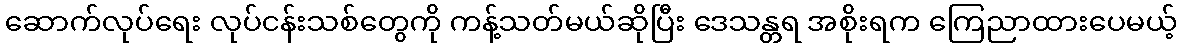
ဆောက်လုပ်ရေး လုပ်ငန်းသစ်တွေကို ကန့်သတ်မယ်ဆိုပြီး ဒေသန္တရ အစိုးရက ကြေညာထားပေမယ့်